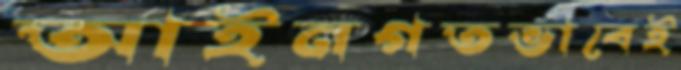
আইনগতভাবেই